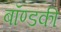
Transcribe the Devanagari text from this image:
बॉण्डकी